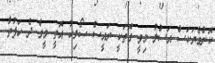
ކޮންމެޔަކަސް އަސްލު މިވީ ގޮތަކީ ރައީސް ސޯލިހު އޮތީ މީގެ ދެ ހަފުތާ